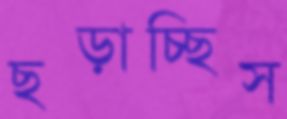
ছড়াচ্ছিস